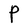
Character: P